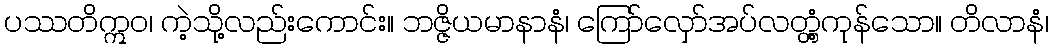
ပဿတိဣဝ၊ ကဲ့သို့လည်းကောင်း။ ဘဇ္ဇိယမာနာနံ၊ ကြော်လှော်အပ်လတ္တံ့ကုန်သော။ တိလာနံ၊